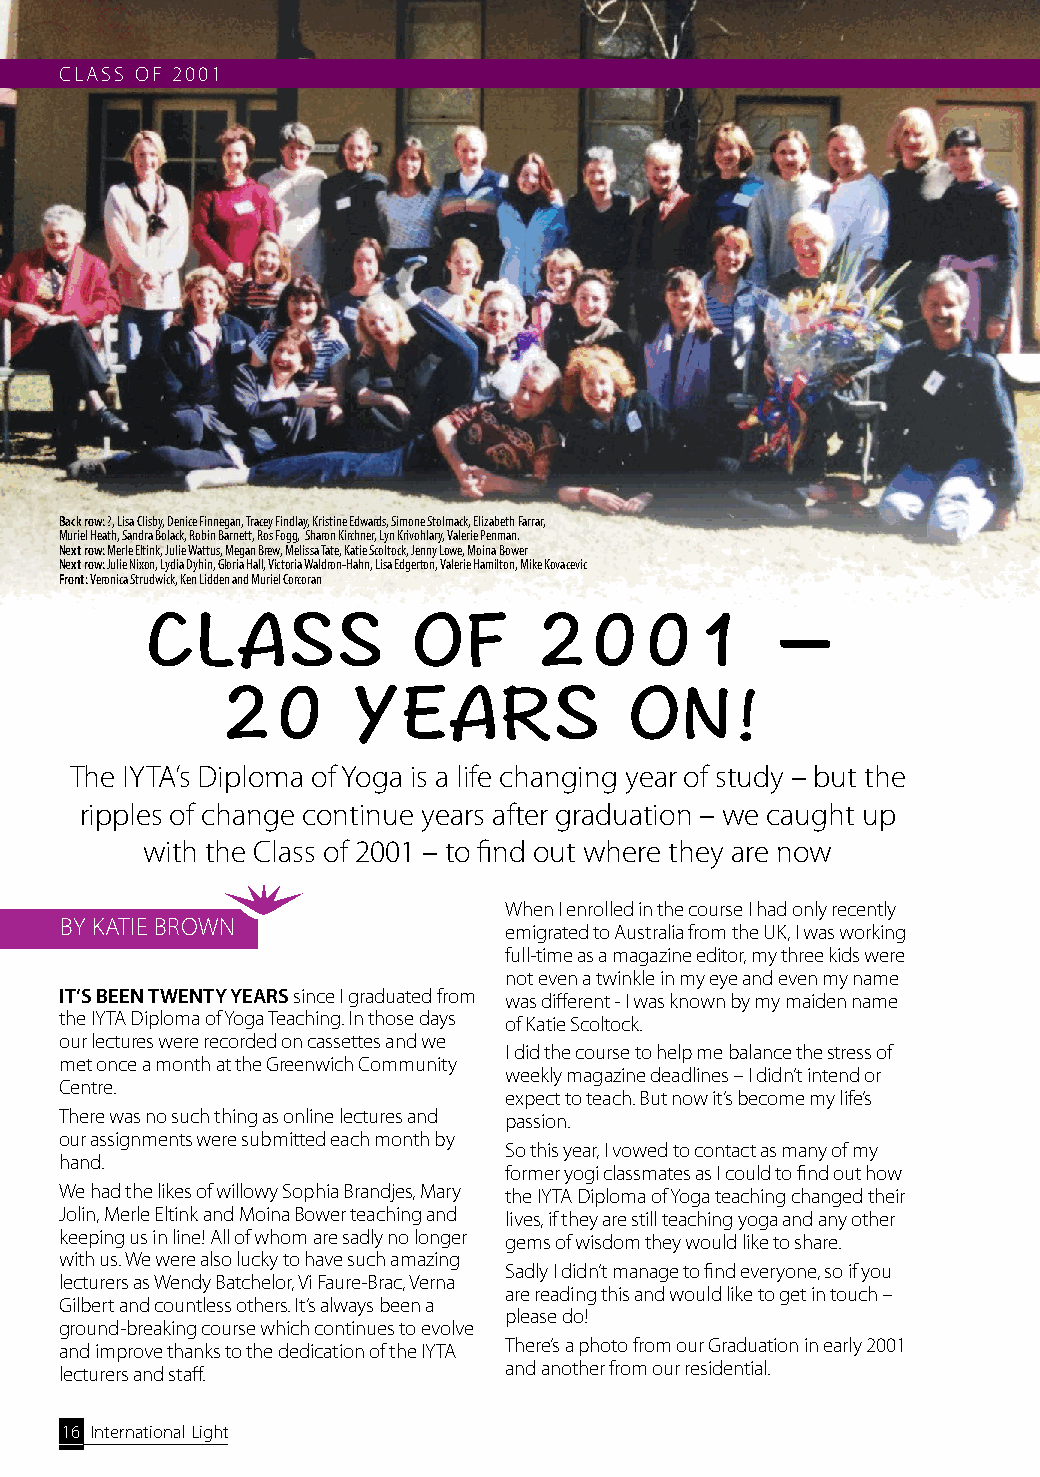
CLASS OF 2001
 Back row: ?, Lisa Clisby, Denice Finnegan, Tracey Findlay, Kristine Edwards, Simone Stolmack, Elizabeth Farrar,
 Muriel Heath, Sandra Bolack, Robin Barnett, Ros Fogg, Sharon Kirchner, Lyn Krivohlary, Valerie Penman.
 Next row: Merle Eltink, Julie Wattus, Megan Brew, Melissa Tate, Katie Scoltock, Jenny Lowe, Moina Bower
 Next row: Julie Nixon, Lydia Dyhin, Gloria Hall, Victoria Waldron-Hahn, Lisa Edgerton, Valerie Hamilton, Mike Kovacevic
 Front: Veronica Strudwick, Ken Lidden and Muriel Corcoran
 CLASS            OF      2001            –
 20       YEARS              ON!
 The IYTA’s Diploma of Yoga is a life changing year of study – but the
 ripples of change continue years after graduation – we caught up
 with the Class of 2001 – to find out where they are now
 When I enrolled in the course I had only recently
 BY KATIE BROWN
 emigrated to Australia from the UK, I was working
 full-time as a magazine editor, my three kids were
 not even a twinkle in my eye and even my name
 IT’S BEEN TWENTY YEARS since I graduated from was different - I was known by my maiden name
 the IYTA Diploma of Yoga Teaching. In those days of Katie Scoltock.
 our lectures were recorded on cassettes and we
 I did the course to help me balance the stress of
 met once a month at the Greenwich Community
 weekly magazine deadlines – I didn’t intend or
 Centre.
 expect to teach. But now it’s become my life’s
 There was no such thing as online lectures and passion.
 our assignments were submitted each month by
 So this year, I vowed to contact as many of my
 hand.
 former yogi classmates as I could to find out how
 We had the likes of willowy Sophia Brandjes, Mary the IYTA Diploma of Yoga teaching changed their
 Jolin, Merle Eltink and Moina Bower teaching and lives, if they are still teaching yoga and any other
 keeping us in line! All of whom are sadly no longer gems of wisdom they would like to share.
 with us. We were also lucky to have such amazing
 Sadly I didn’t manage to find everyone, so if you
 lecturers as Wendy Batchelor, Vi Faure-Brac, Verna
 are reading this and would like to get in touch –
 Gilbert and countless others. It’s always been a
 please do!
 ground-breaking course which continues to evolve
 and improve thanks to the dedication of the IYTA There’s a photo from our Graduation in early 2001
 lecturers and staff.         and another from our residential.
 16 International Light